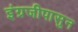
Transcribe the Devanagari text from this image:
इंग्रजीपासुन